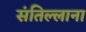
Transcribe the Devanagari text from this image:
संतिल्लाना